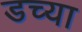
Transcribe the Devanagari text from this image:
डच्या